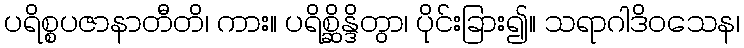
ပရိစ္စပဇာနာတီတိ၊ ကား။ ပရိစ္ဆိန္ဒိတွာ၊ ပိုင်းခြား၍။ သရာဂါဒိဝသေန၊